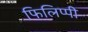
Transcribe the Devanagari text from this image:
फिलिप्पी